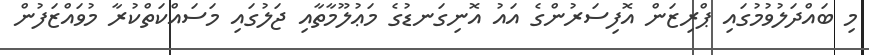
މި ބައްދަލުވުމުގައި ޕްރިޒަން އޮފިސަރުންގެ އައު އޮނިގަނޑުގެ މަޢުލޫމާތާއި ޖަލުގައި މަސައްކަތްކުރާ މުވައްޒަފުން